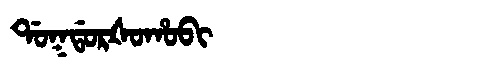
Manchu: ᡩᠣᡴᡩᠣᡵᡧᠣᡥᠣᠪᡳ
Romanization: DOKDORŠOHOBI